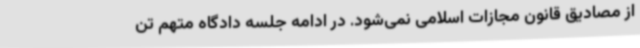
از مصادیق قانون مجازات اسلامی نمی‌شود. در ادامه جلسه دادگاه متهم تن